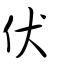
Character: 伏